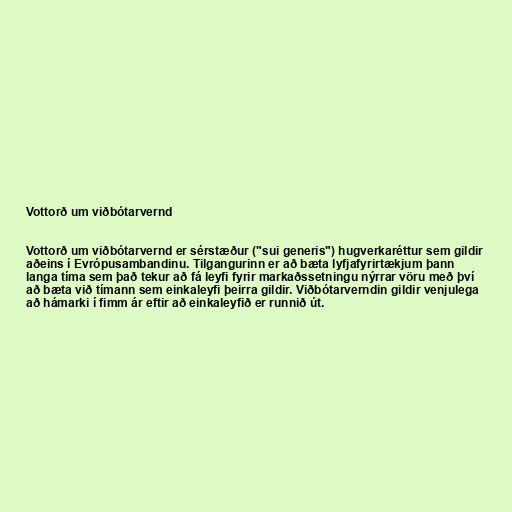
Vottorð um viðbótarvernd

Vottorð um viðbótarvernd er sérstæður ("sui generis") hugverkaréttur sem gildir
aðeins í Evrópusambandinu. Tilgangurinn er að bæta lyfjafyrirtækjum þann
langa tíma sem það tekur að fá leyfi fyrir markaðssetningu nýrrar vöru með því
að bæta við tímann sem einkaleyfi þeirra gildir. Viðbótarverndin gildir venjulega
að hámarki í fimm ár eftir að einkaleyfið er runnið út.